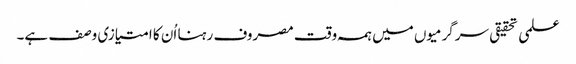
علمی تحقیقی سرگرمیوں میں ہمہ وقت مصروف رہنا اُن کا امتیازی وصف ہے۔